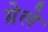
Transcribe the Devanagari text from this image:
ग्रेले